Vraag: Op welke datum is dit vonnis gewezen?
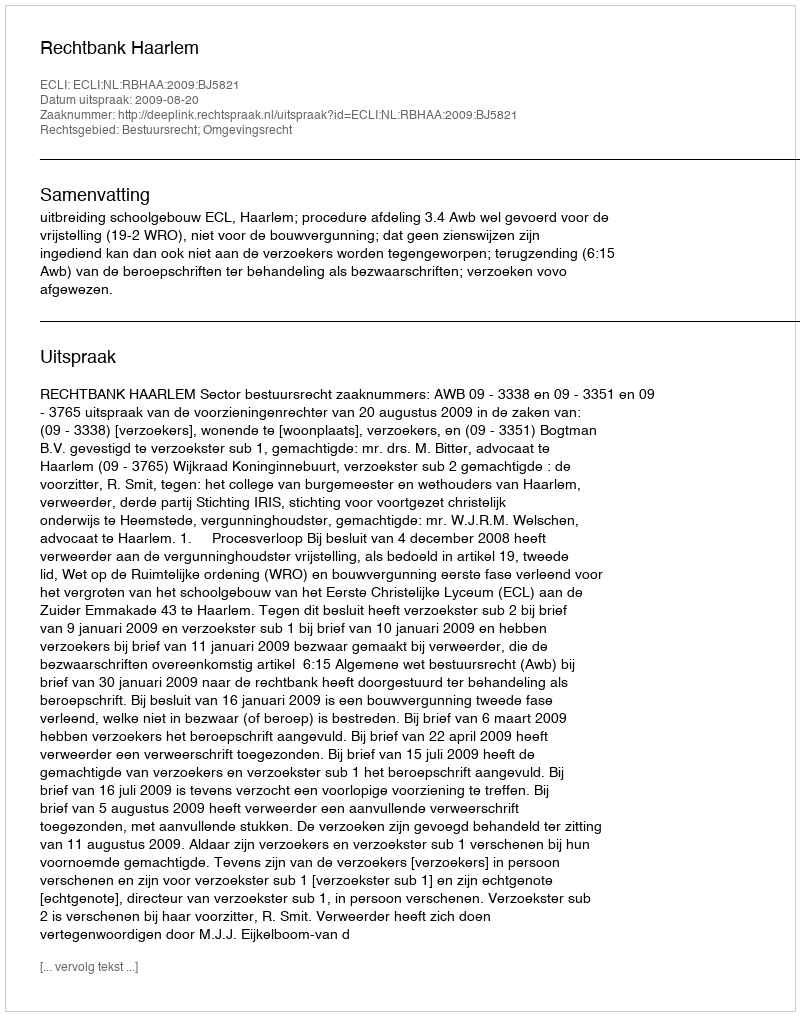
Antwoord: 2009-08-20